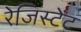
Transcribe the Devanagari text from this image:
रेजिस्टेंट